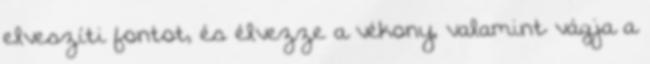
elveszíti fontot, és élvezze a vékony, valamint vágja a